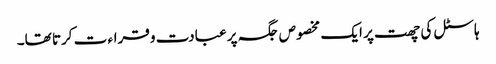
ہاسٹل کی چھت پر ایک مخصوص جگہ پر عبادت و قراء ت کرتا تھا۔